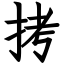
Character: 拷